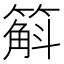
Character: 䈸